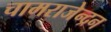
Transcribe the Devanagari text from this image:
चामराजेन्द्रन